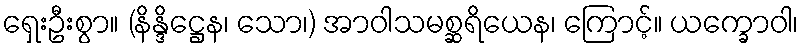
ရှေးဦးစွာ။ (နိန္ဒိဋ္ဌေန၊ သော၊) အာဝါသမစ္ဆရိယေန၊ ကြောင့်။ ယက္ခောဝါ၊